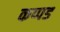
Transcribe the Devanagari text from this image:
कप्पड